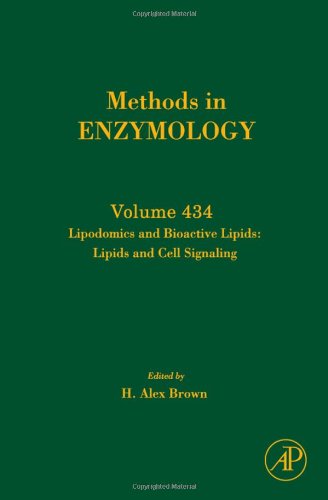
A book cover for Lipidomics and Bioactive Lipids:  Lipids and Cell Signaling, Volume 434 (Methods in Enzymology); Science & Math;